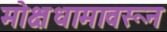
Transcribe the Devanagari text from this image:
मोक्षधामावरून